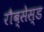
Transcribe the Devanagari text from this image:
रौब्सेस्ड